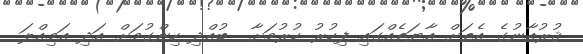
ޤުރުއާނުގެ އެތަށް އާޔަތެއްގައި ފިކުރު ކުރުމަށާ  ބުއްދި ހިންގުމަށް އަދި އަމިއްލަ